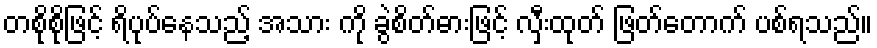
တစိုစိုဖြင့် ရိပုပ်နေသည့် အသား ကို ခွဲစိတ်ဓားဖြင့် လှီးထုတ် ဖြတ်တောက် ပစ်ရသည်။